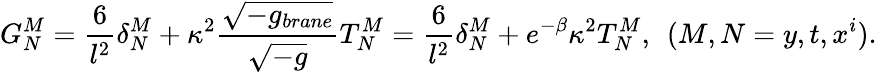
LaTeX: G_{N}^{M}=\frac{6}{l^{2}}\delta_{N}^{M}+\kappa^{2}\frac{\sqrt{-g_{brane}}}{\sqrt{-g}}T_{N}^{M}=\frac{6}{l^{2}}\delta_{N}^{M}+e^{-\beta}\kappa^{2}T_{N}^{M},\: \: (M,N=y,t,x^{i}).